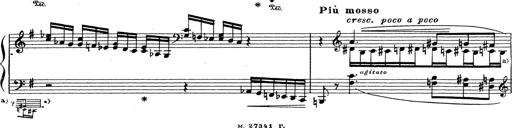
Title: Grosses Konzertsolo
Composer: Franz Liszt